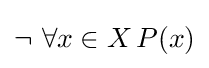
\lnot \ \forall x\in X\,P(x)